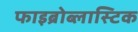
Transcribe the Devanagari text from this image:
फाइब्रोब्लास्टिक